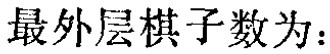
最外层棋子数为：